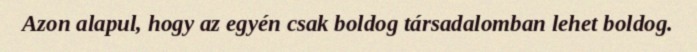
Azon alapul, hogy az egyén csak boldog társadalomban lehet boldog.